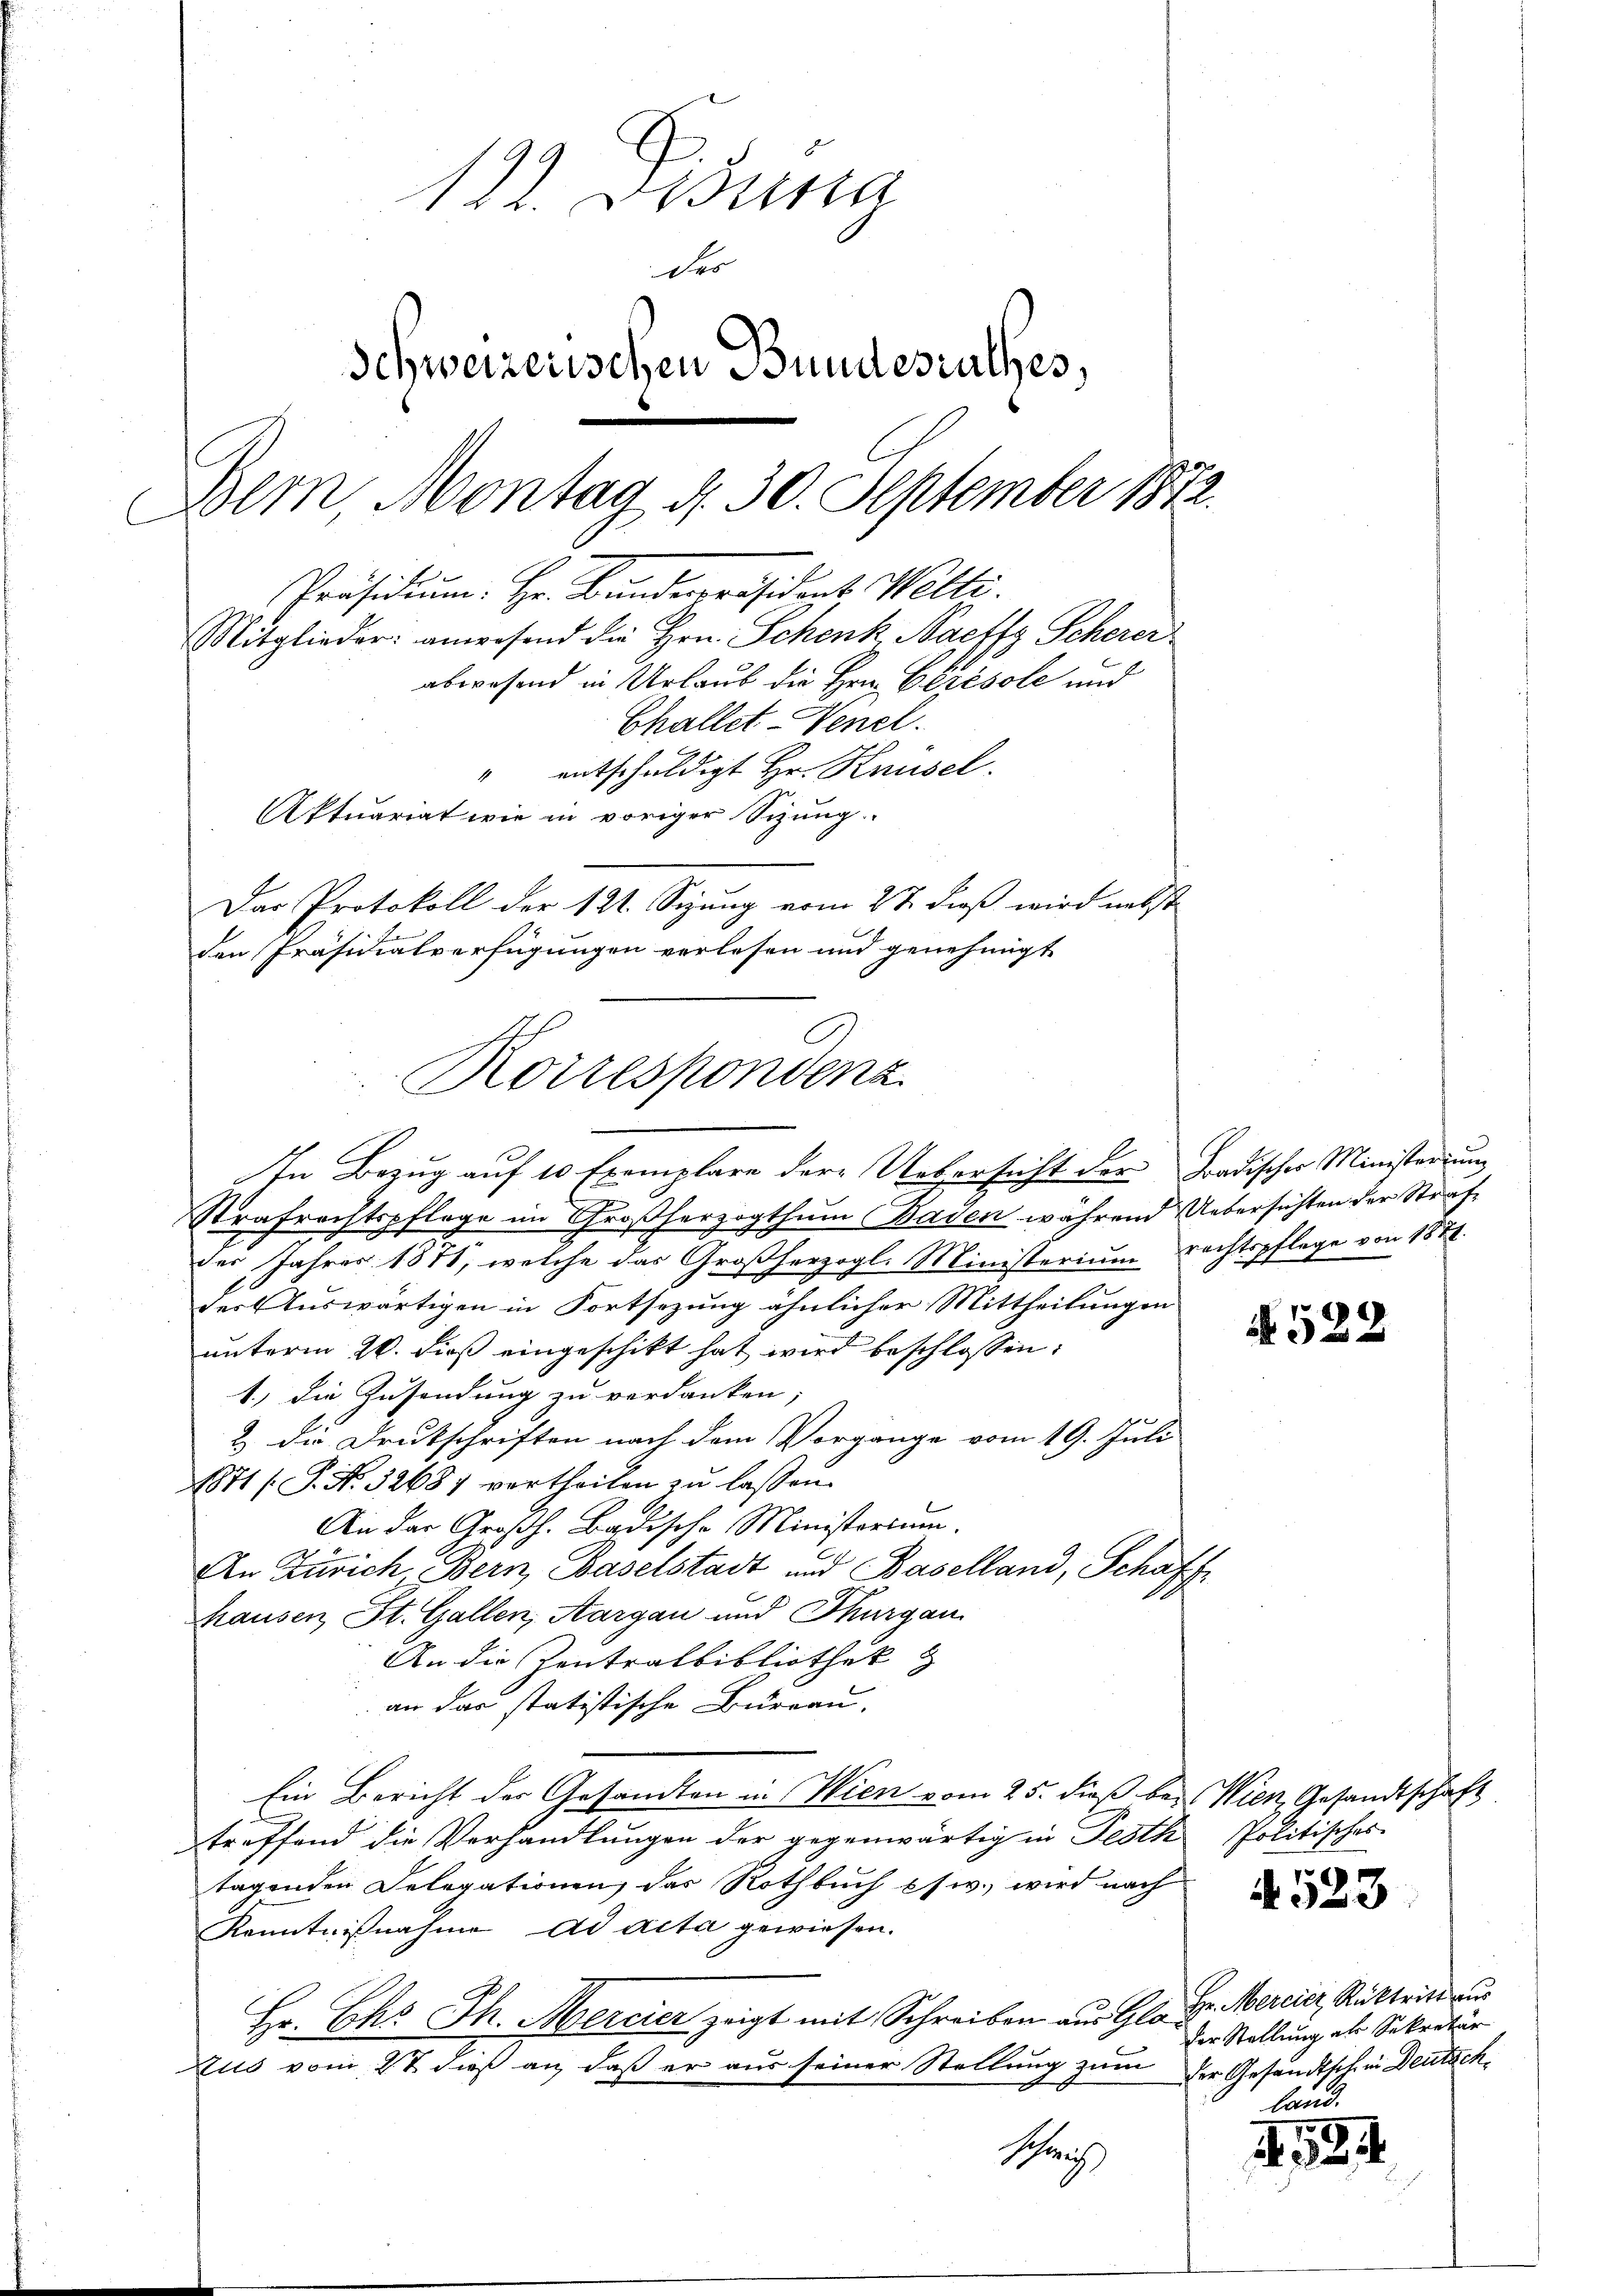
122. Disena
der
Schweizerischen Bundesrathes,
Bem, Montag d. 30. September 1872
Präsidium. Hr. Bandespräsident Welti.
Mitglieder: anwesend die Hrn. Schenk, Naeffz Scherer
abwesend in Urlaub die Hrn. Cerésole und
Challet-Venel.
" entschuldigt Hr. Knüsel.
Aktuariat wie in voriger Sizung.
Das Protokoll der 121. Sizung vom 27. dieß wird nebst
den Präsidialverfügungen verlesen und genehmigt

Korrespondenz

In Bezug auf 10 Exemplare der Uebersicht der Fradischer Ministerium
1
Strafrechtspflege im Großherzogthum Baden während Uebersichten der Strafe
der Jahres 1811, welche das Großherzogl. Ministerium rechtspflege von 1874.
der Auswärtigen in Fortsezung ähnlicher Mittheilungen
unterm 20. dieß eingeschikt hat wird beschlossen:
1.) Die Zusendung zu verdanken,
& die Drukschriften nach dem Vorgange vom 19. Juli
1871 (P. No. 32687 vortheilen zu lassen.
An der Großh. Badische Ministorium.
An Zürich Bern, Baselstadt und Baselland, Schaff
hausen St. Gallen, Aargau und Thurgau
An die Zentralbibliothek
an das statistische Bureau.
Ein Bericht der Gesandten in Wien vom 25. dieß bei Wien, Gesandtschaft
treffend die Verhandlungen der gegenwärtig in Festh Politisches
tagenden Delegationen, das Rothbuch psw., wird nach
Kenntnißnahme ad acta gewiesen.
Hr. Chr. Th. Mercier zeigt mit Schreiben aus Gla Hr. Mercier Rücktrin au
Zus vom 27 dieß an, daß er aus seiner Stellung zum der Gesandtschein Deutsch¬

Schrich

N 522

4523

der Stellung an Sekretär
land.

2534